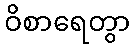
ဝိစာရေတွာ